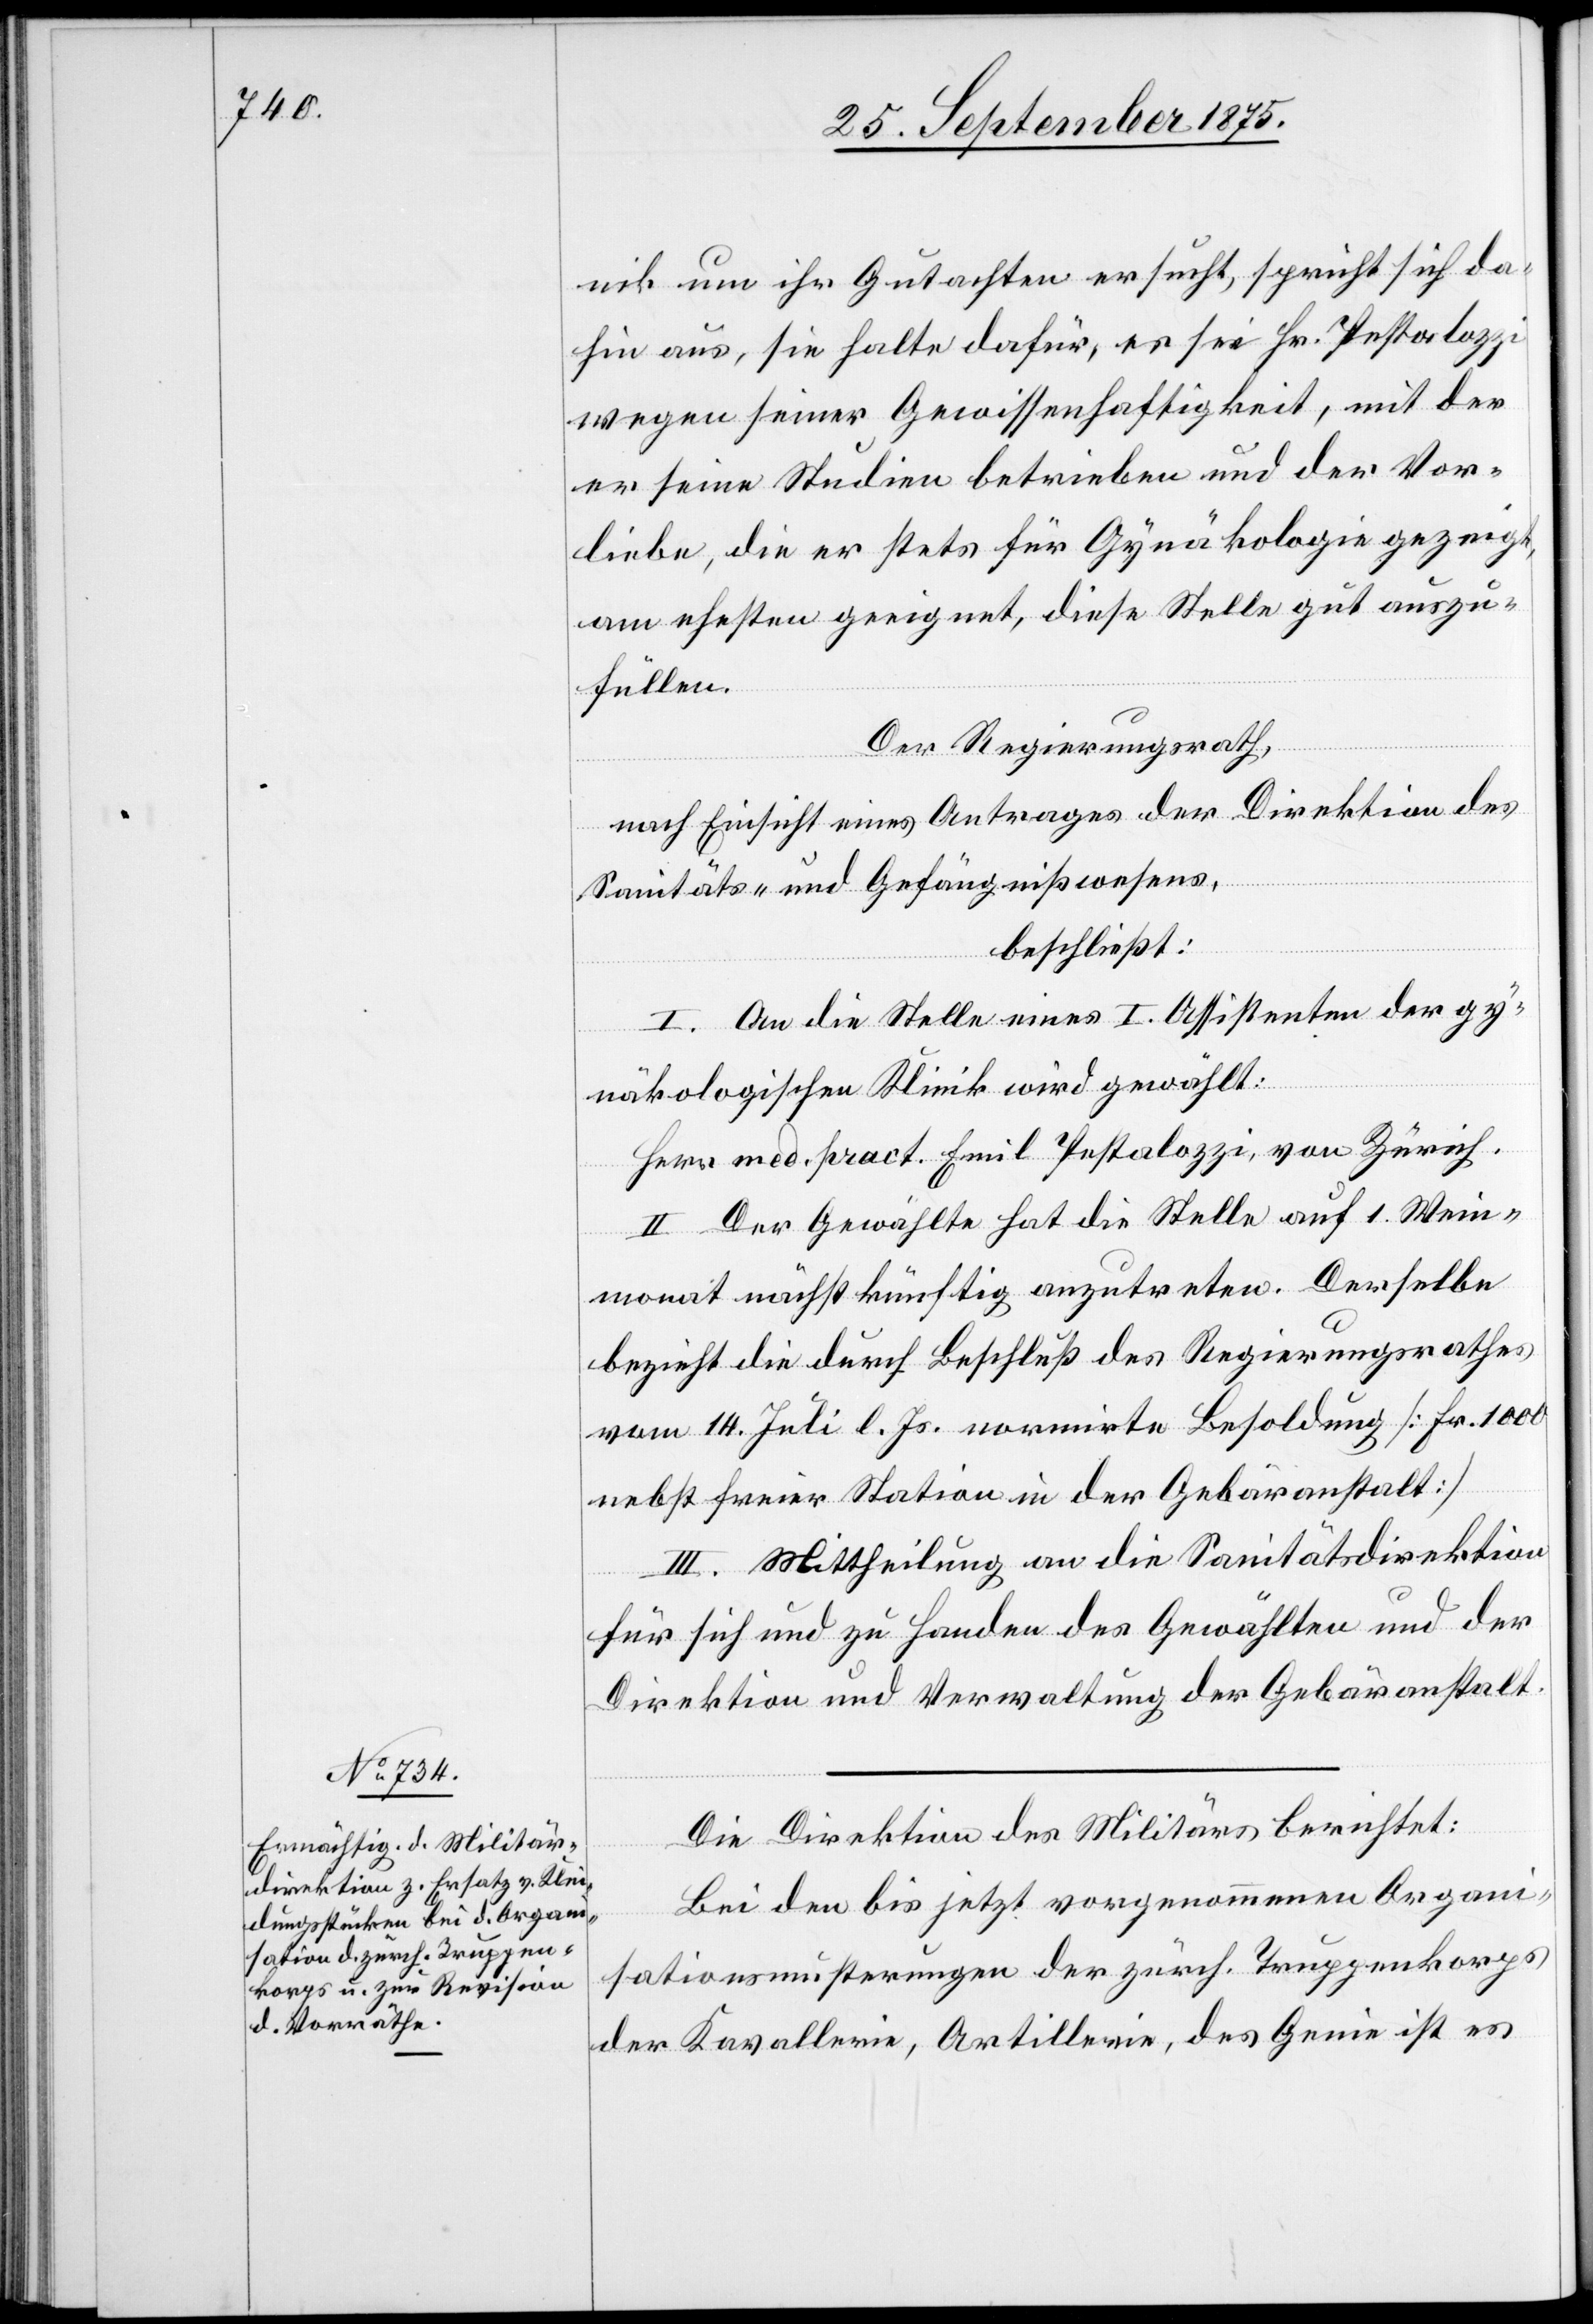
nik um ihr Gutachten ersucht, spricht sich da¬
hin aus, sie halte dafür, es sei Hr. Pestalozzi
wegen seiner Gewissenhaftigkeit, mit der
er seine Studien betrieben und der Vor¬
liebe, die er stets für Gynäkologie gezeigt,
am ehesten geeignet, diese Stelle gut auszu¬
füllen.
Der Regierungsrath,
nach Einsicht eines Antrages der Direktion des
Sanitäts- und Gefängnißwesens,
beschließt:
I. An die Stelle eines I. Assistenten der gy¬
näkologischen Klinik wird gewählt:
Herr med. pract. Emil Pestalozzi, von Zürich.
II. Der Gewählte hat die Stelle auf 1. Wein¬
monat nächstkünftig anzutreten. Derselbe
bezieht die durch Beschluß des Regierungsrathes
vom 14. Juli l Js. normirte Besoldung [Fr. 1000
nebst freier Station in der Gebäranstalt].
III. Mittheilung an die Sanitätsdirektion
für sich und zu Handen des Gewählten und der
Direktion und Verwaltung der Gebäranstalt.
Die Direktion des Militärs berichtet:
Bei den bis jetzt vorgenommenen Organi¬
sationsmusterungen der zürch. Truppenkorps
der Kavallerie, Artillerie, des Genie ist es